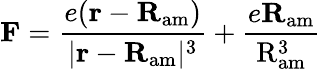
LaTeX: {\mathbf F}=\frac{e({\mathbf r}-{\mathbf R}_{\mathrm{am}})}{|{\mathbf r}-{\mathbf R}_{\mathrm{am}}|^{3}}+\frac{e\mathbf{R}_{\mathrm{am}}}{\mathrm{R}_{\mathrm{am}}^{3}}